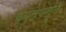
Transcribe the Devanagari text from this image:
व्युत्पन्‍न